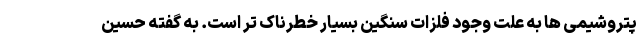
پتروشیمی ها به علت وجود فلزات سنگین بسیار خطرناک تر است. به گفته حسین